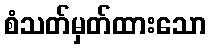
စံသတ်မှတ်ထားသော